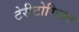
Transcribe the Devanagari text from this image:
टेरीटोरियल